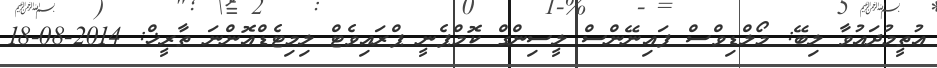
އުތީމުދައުވާ ލިބޭ: މޯލްޑިވްސް ފައިނޭންސް ލީސިންގް ކޮމްޕެނީ ޕްރައިވެޓް ލިމިޓެޑްއޮންނަ ތާރީޚް: 2014-08-18